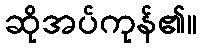
ဆိုအပ်ကုန်၏။